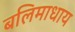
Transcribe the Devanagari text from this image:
बलिमाधाय